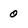
Character: 0